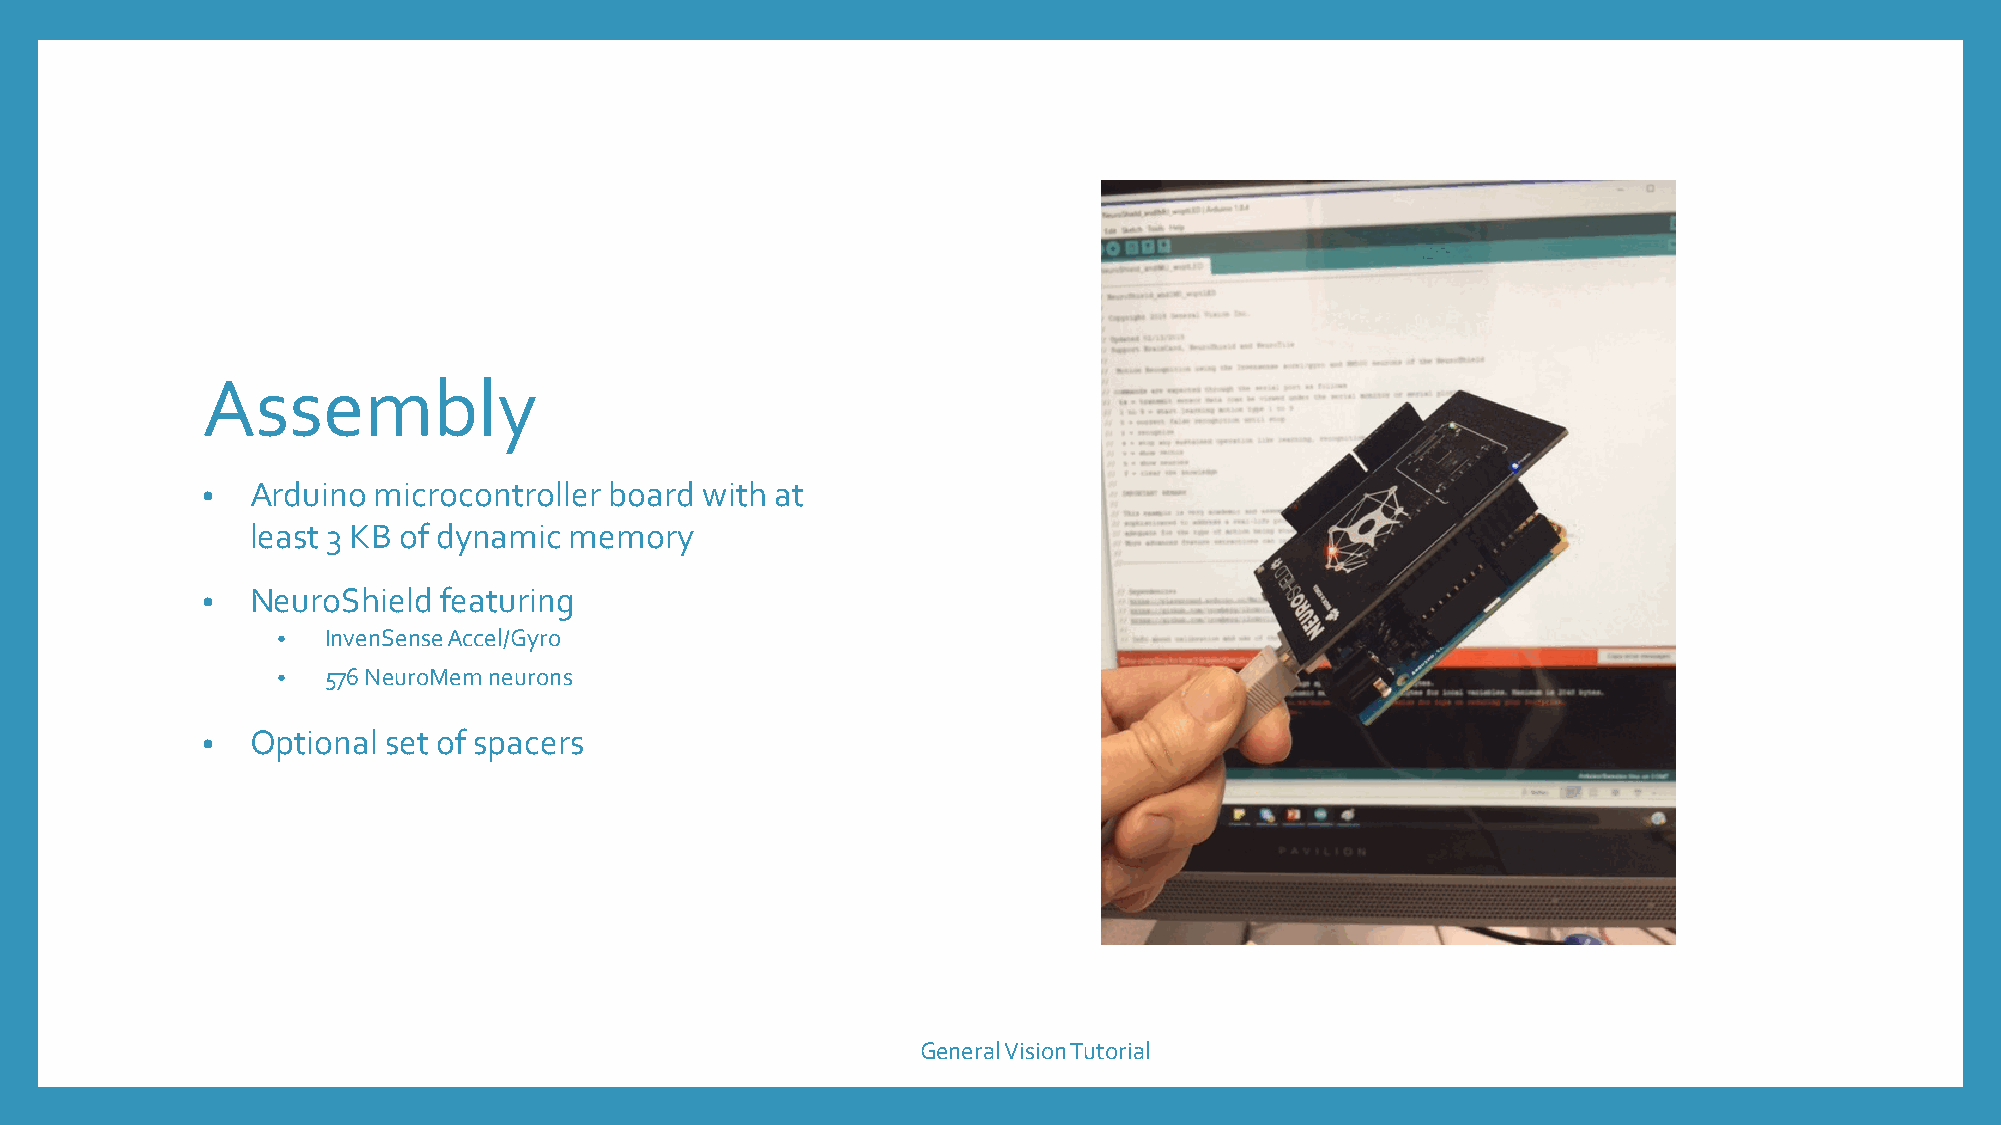
Assembly
 Arduino microcontroller board with at
 •
 least 3 KB of dynamic memory
 NeuroShield featuring
 •
 •  InvenSenseAccel/Gyro
 •  576 NeuroMem neurons
 Optional set of spacers
 •
 General Vision Tutorial